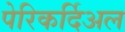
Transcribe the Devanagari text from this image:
पेरिकर्दिअल